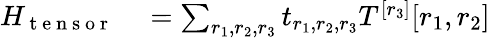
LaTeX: \begin{array}{rl}{H_{\mathrm{~t~e~n~s~o~r~}}}&{{}=\sum_{r_{1},r_{2},r_{3}}t_{r_{1},r_{2},r_{3}}T^{[r_{3}]}[r_{1},r_{2}]}\end{array}